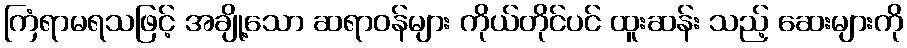
ကြံရာမရသဖြင့် အချို့သော ဆရာဝန်များ ကိုယ်တိုင်ပင် ထူးဆန်း သည့် ဆေးများကို